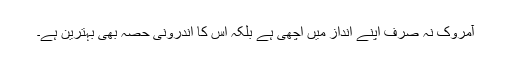
آمروک نہ صرف اپنے انداز میں اچھی ہے بلکہ اس کا اندرونی حصہ بھی بہترین ہے۔